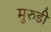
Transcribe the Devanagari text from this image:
मुरुडी